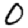
Digit: 0